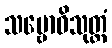
သမ္ဗောဓိသုတ္တံ